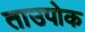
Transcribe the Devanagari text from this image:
ताउपोक